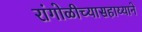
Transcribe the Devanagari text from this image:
रांगोळीच्यासहाय्याने